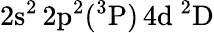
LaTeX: \mathrm{2s^{2}\, 2p^{2}(^{3}P)\, 4d~^{2}D}